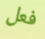
فعل